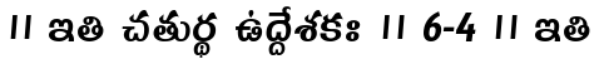
।। ఇతి చతుర్థ ఉద్దేశకః ॥ 6-4 ॥ ఇతి